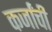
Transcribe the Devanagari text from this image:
कर्जांची